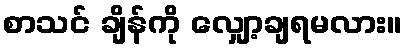
စာသင် ချိန်ကို လျှော့ချရမလား။